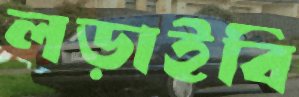
লড়াইবি